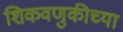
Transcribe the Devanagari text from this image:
शिकवणुकीच्‍या